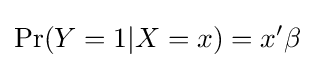
\Pr(Y=1|X=x)=x'\beta